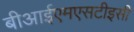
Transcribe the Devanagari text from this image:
बीआईएमएसटीइसी